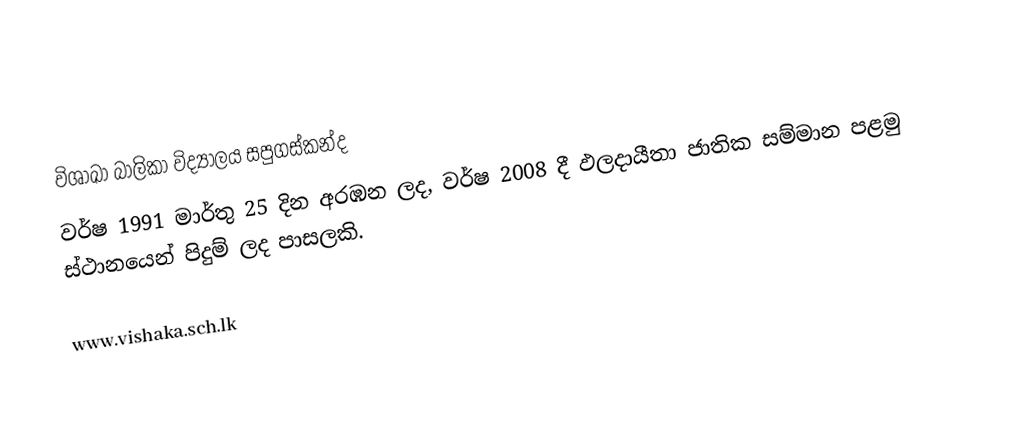
විශාඛා බාලිකා විද්‍යාලය සපුගස්කන්ද
වර්ෂ 1991 මාර්තු 25 දින අරඹන ලද, වර්ෂ 2008 දී ඵලදායීතා ජාතික සම්මාන පළමු ස්ථානයෙන් පිදුම් ලද පාසලකි.

www.vishaka.sch.lk